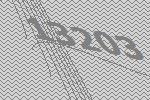
13203